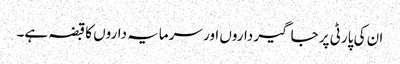
ان کی پارٹی پر جاگیر داروں اور سرمایہ داروں کا قبضہ ہے۔